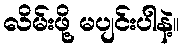
လိမ်းဖို့ မပျင်းပါနဲ့။